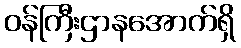
ဝန်ကြီးဌာနအောက်ရှိ